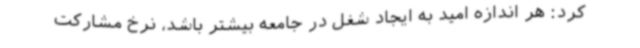
کرد: هر اندازه امید به ایجاد شغل در جامعه بیشتر باشد، نرخ مشارکت